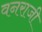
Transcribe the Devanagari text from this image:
वनराजी